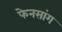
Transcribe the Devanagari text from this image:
फेनसांग